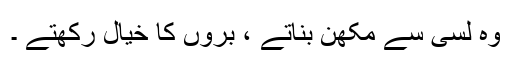
وہ لسی سے مکھن بناتے ، برّوں کا خیال رکھتے ۔